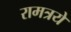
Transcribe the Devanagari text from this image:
रामत्रये